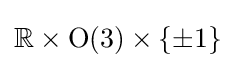
\mathbb {R} \times \mathrm {O} (3)\times \{\pm 1\}